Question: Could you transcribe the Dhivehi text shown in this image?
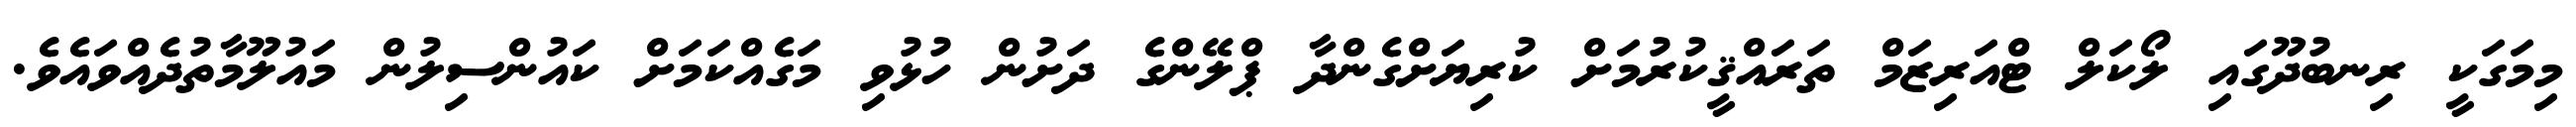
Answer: މިމަގަކީ ރިނބުދޫގައި ލޯކަލް ޓްއަރިޒަމް ތަރައްޤީކުރުމަށް ކުރިޔަށްގެންދާ ޕްލޭންގެ ދަށުން ހުޅުވި މަގެއްކަމަށް ކައުންސިލުން މައުލޫމާތުދެއްވައެވެ.